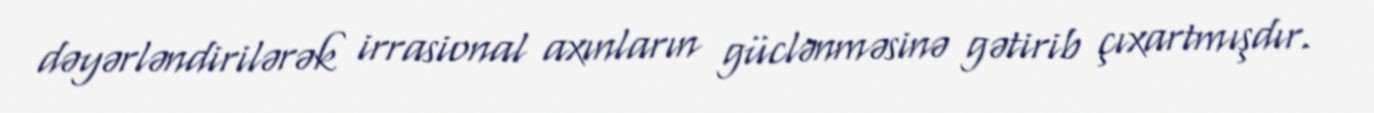
dəyərləndirilərək irrasional axınların güclənməsinə gətirib çıxartmışdır.